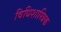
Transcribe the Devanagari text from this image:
विधिशास्त्रिक